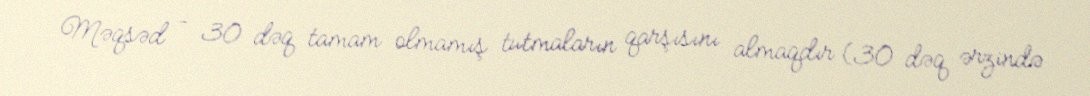
Məqsəd – 30 dəq tamam olmamış tutmaların qarşısını almaqdır (30 dəq ərzində